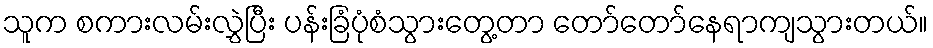
သူက စကားလမ်းလွှဲပြီး ပန်းခြံပုံစံသွားတွေ့တာ တော်တော်နေရာကျသွားတယ်။